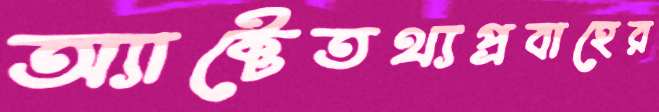
অ্যাক্টেতথ্যপ্রবাহের